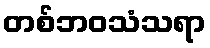
တစ်ဘဝသံသရာ